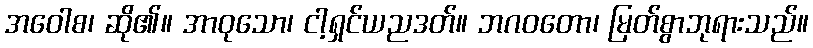
အဝေါစ၊ ဆို၏။ အာဝုသော၊ ငါ့ရှင်ယညဒတ်။ ဘဂဝတော၊ မြတ်စွာဘုရားသည်။